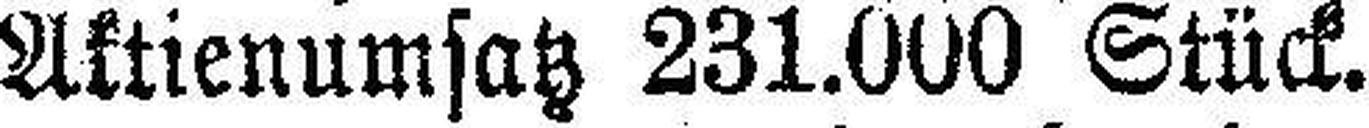
Aktienumsatz 231.000 Stück.